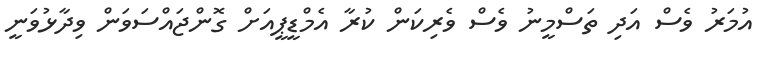
އުމަރު ވެސް އަދި ތަސްމީނު ވެސް ވެރިކަން ކުރާ އެމްޑީޕީއަށް ގޮންޖައްސަވަން ވިދާޅުވަނީ